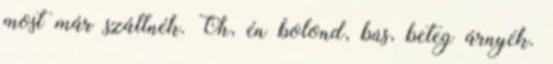
most már szállnék. Óh, én bolond, bús, beteg árnyék.